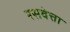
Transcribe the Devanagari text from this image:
रसवेत्ता